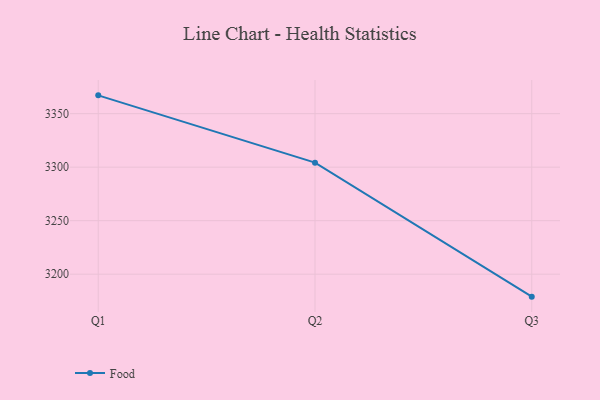
{"axis": {"x": "Quarter", "y": "Latency (ms)"}, "legend": ["Food"], "data": [{"x": "Q1", "y": 3367.1, "type": "Food"}, {"x": "Q2", "y": 3304.2, "type": "Food"}, {"x": "Q3", "y": 3179.0, "type": "Food"}]}